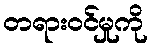
တရားဝင်မှုကို